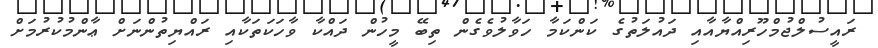
ރައީސުލްޖުމްހޫރިއްޔާއާއި ދައުލަތުގެ ކަންކަމާ ހަވާލުވެގެން ތިބޭ މީހުން ދައްކާ ވާހަކަތަކާއި ރައްޔިތުންނަށް ޢާންމުކުރުމަށް